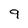
Character: 9